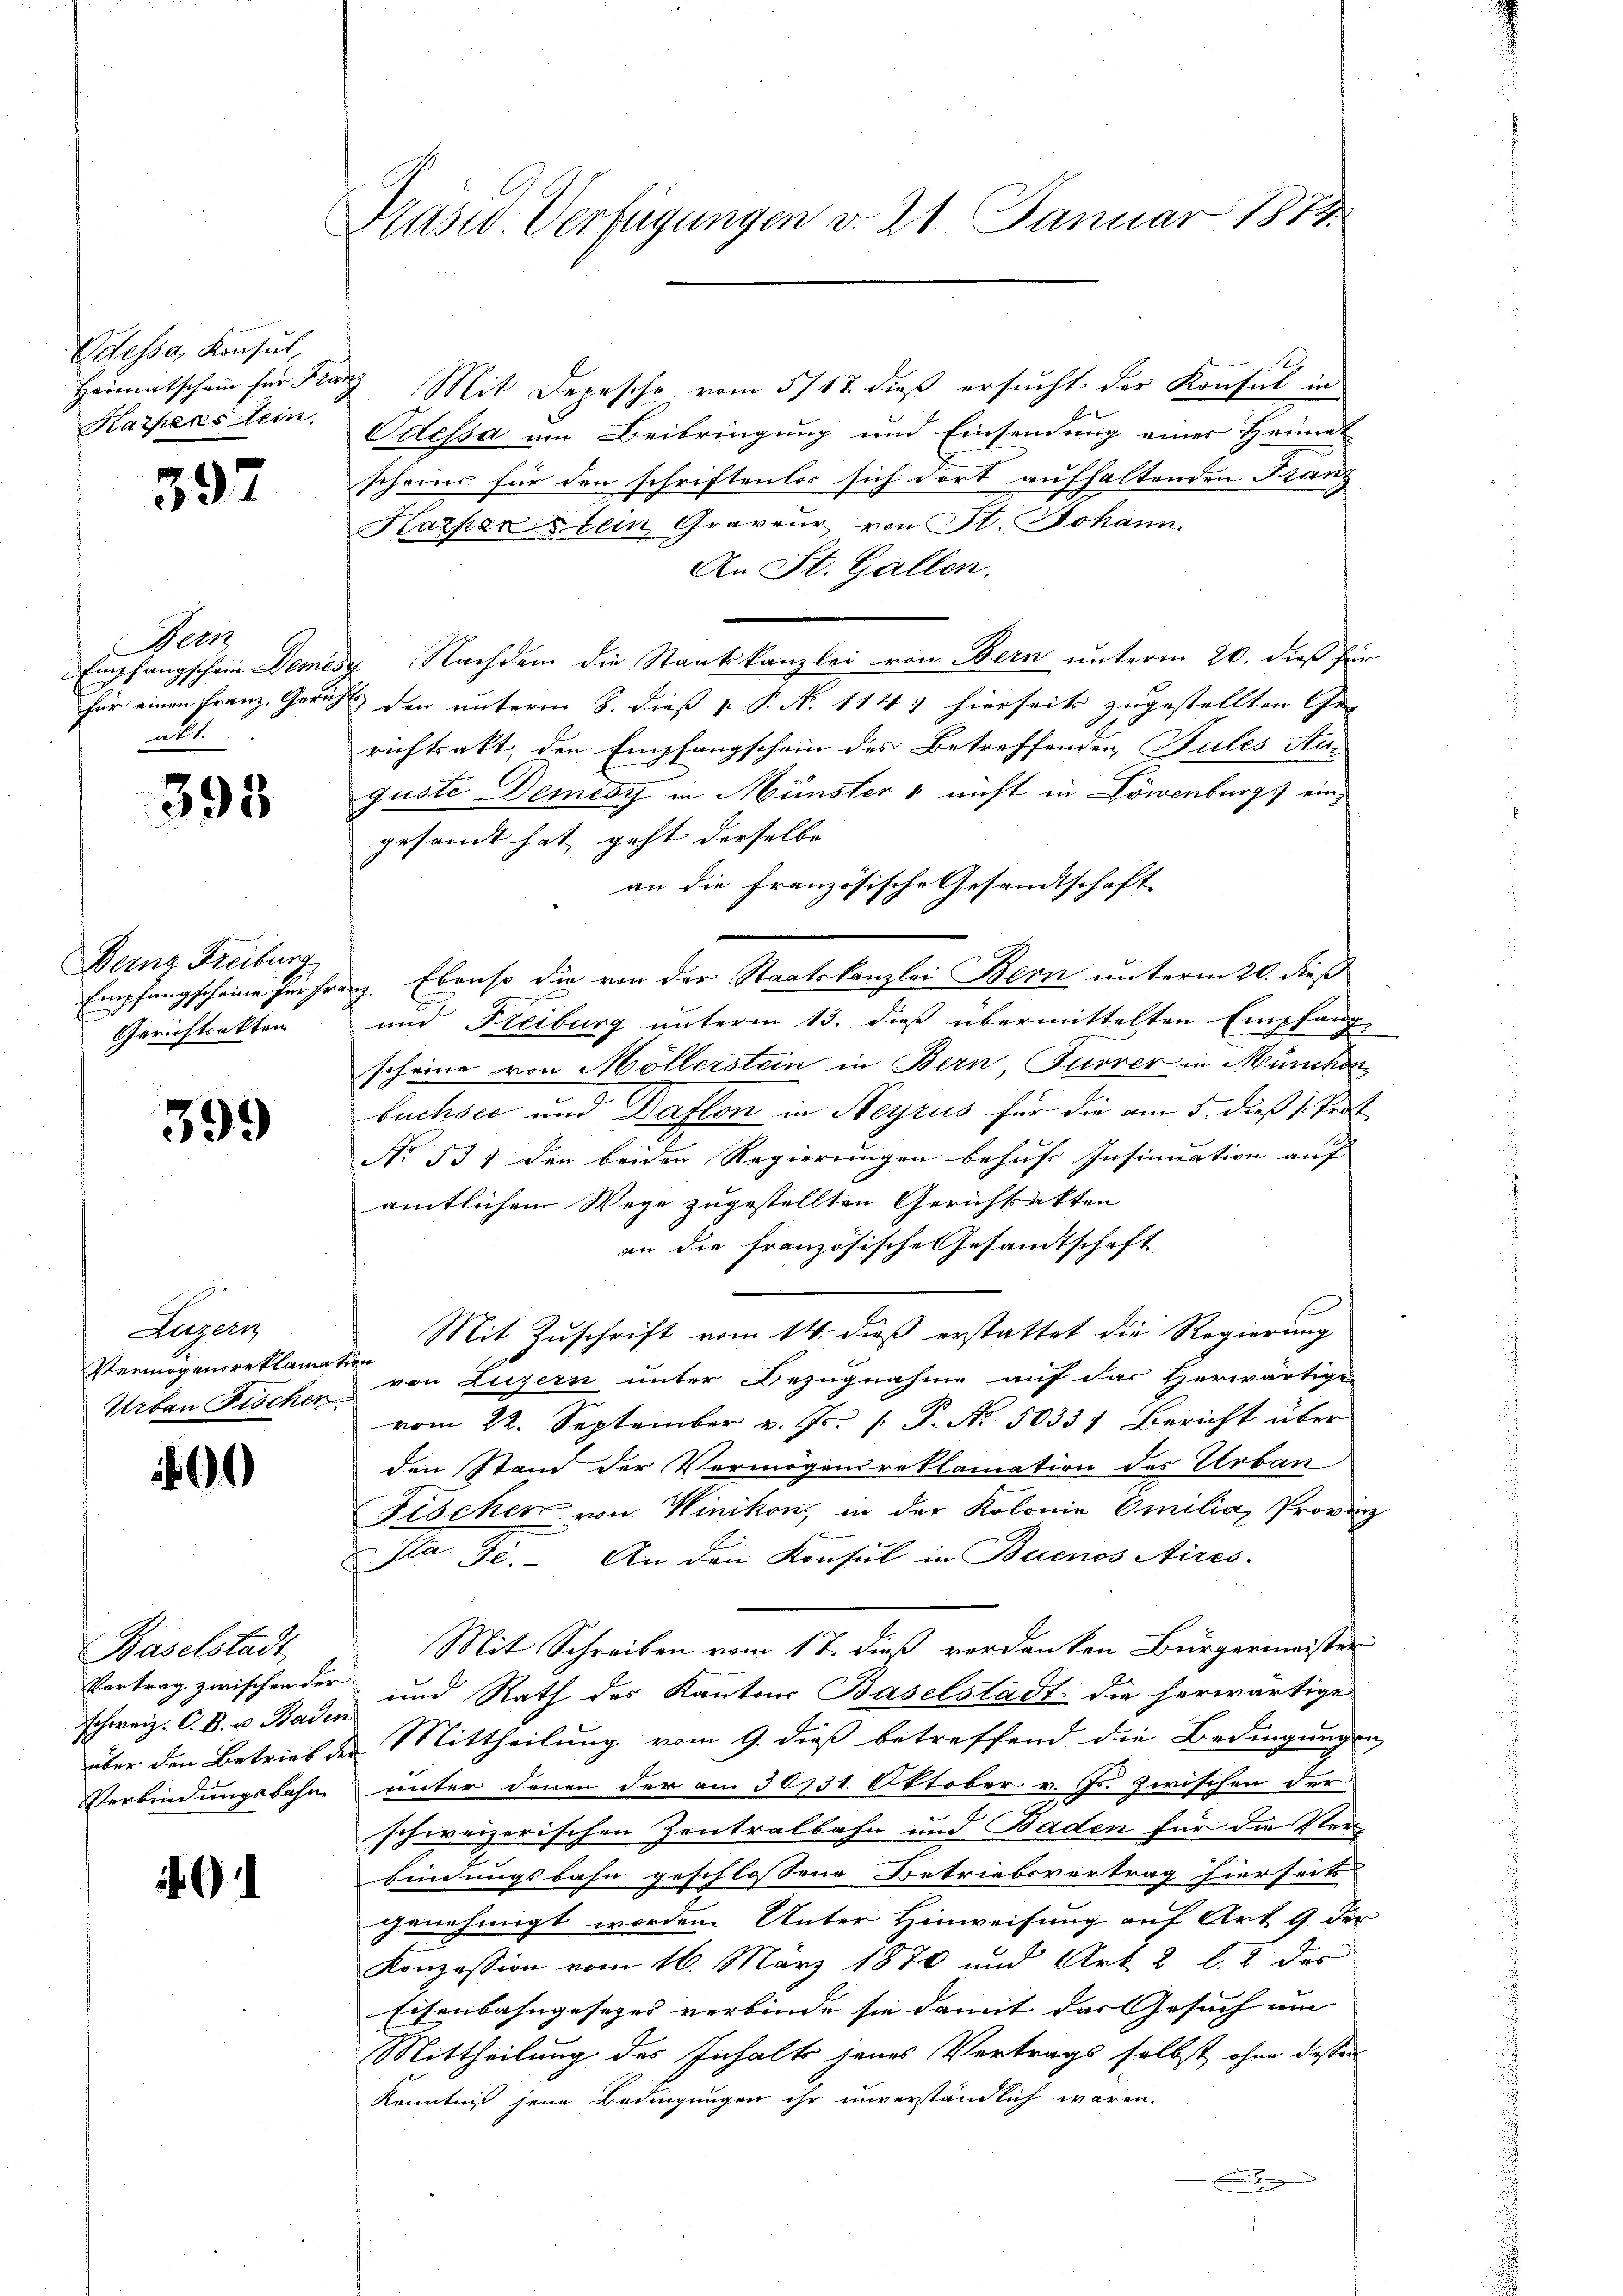
Odessa, Konsul
Heimatschain für Franz
Karperstein.

397

Bern
Empfangschein Demes
für einen Franz, Gerich
akt.

393

Bernz Freiburg
Empfangscheine für Fra
Gerichtsakten

399

Lugen,
Vermögensreklam
Urban Fischen

00

Baselstadt,
Vertrag zwischen der
schweiz. C. B. u. Baden
Verbindungsbahn

91

Pasid Verfügungen d. 21. Januar 1874.

3 Mit Depesche vom 5/17. dieß ersucht der Konsul in
Odessa um Beibringung und Einsendung eines Heimat
scheins für den schriftenlos sich dort aufhaltenden Franz
Karpenstein Graveur von St. Johann
An St. Gallen.
" Nachdem die Staatskanzlei von Bern unterm 20. dieß für
den unterm 8. dieß P. P. N. 114, hierseits zugestellten Ge- |
richtsakt, den Empfangschein des Betreffenden Pules An-
guste Demisy in Münster nicht in Löwenburgs eingesandt hat, geht derselbe
g. Ebenso die von der Staatskanzlei Bern unterm 20. dieß
und Freiburg unterm 13. dieß übermittelten Empfang
scheine von Möllerstein in Bern Furrer in München
buchsee und Daflen in Neyrus für die am 5. dieß s. Prot
No 531 den beiden Regierungen behufe Insinuation auf |
amtlichem Wege zugestellten Gerichtsakten
an die französische Gesandtschaft
Mit Zuschrift vom 14. dieß erstattet die Regierung
n
von Luzern unter Bezugnahme auf das Herwärtige
vom 22. September v. Js. [ P. Nr. 50331 Bericht über
den Stand der Vermögensreklamation des Urban
Fischer von Winikon, in der Kolonie Emilia, Provinz
sta Se. An den Konsul in Buenos Aires.
Mit Schreiben vom 17. dieß verdanken Bürgermeister
und Rath des Kantons Baselstadt die herwärtige
über den Betrieb der Mittheilung vom 9. dieß betreffend die Bedingungen
unter denen der am 30731. Oktober v. Js. zwischen der
schweizerischen Zentralbahn und Baden für die Verbindungsbahn geschlossene Betriebsvertrag hierseits
genehmigt worden Unter Hinweisung auf Art. 9 der
Konzession vom 16. März 1870 und Art. 2 l. 2 des
Eisenbahngesezes verbinde sie damit das Gesuch um
Mittheilung des Inhalts jenes Vertrags selbst ohne dassen
Kenntniß jene Bedingungen ihr unverständlich waren.
.

an die französische Gesandtschaft